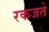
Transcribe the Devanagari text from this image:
रकजते